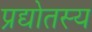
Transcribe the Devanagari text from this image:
प्रद्योतस्य